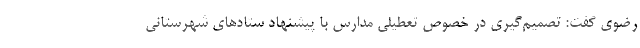
رضوی گفت: تصمیم‌گیری در خصوص تعطیلی مدارس با پیشنهاد ستادهای شهرستانی